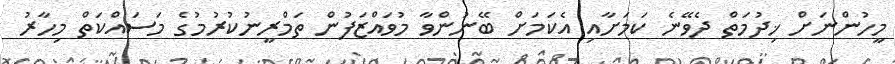
މީހުންނަށް ޚިދުމަތް ދެވޭނެ ކަމަށާއި އެކަމަށް ބޭނުންވާ މުވައްޒަފުން ތަމްރީނުކުރުމުގެ މަސައްކަތް މިހާރު